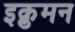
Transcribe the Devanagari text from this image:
इक्नुमन